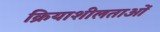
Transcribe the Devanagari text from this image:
क्रियाशीलताओं